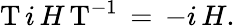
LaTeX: {\mathrm{T}}\, i\, H\, {\mathrm{T}}^{-1}\, =\, -i\, H{\mathrm{.}}